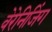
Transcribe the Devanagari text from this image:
वेरेनिजिंग